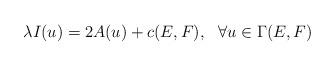
LaTeX: \begin{align*} \lambda I(u) = 2 A(u) + c(E,F), \ \ \forall u \in \Gamma(E,F) \end{align*}